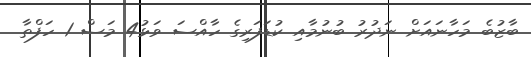
ބާޒުބެ މަހާނައަށް ނަދުރު ބުނުމާއި ކުޑަފަރިގެ ހާއްސަ ވަޅު4 މަސް 1 ހަފްތާ